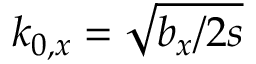
k _ { 0 , x } = \sqrt { b _ { x } / 2 s }